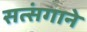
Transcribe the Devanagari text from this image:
सत्संगाने